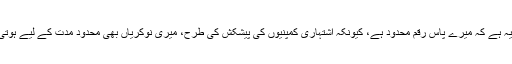
بات یہ ہے کہ میرے پاس رقم محدود ہے، کیونکہ اشتہاری کمپنیوں کی پیشکش کی طرح، میری نوکریاں بھی محدود مدت کے لیے ہوتی ہیں۔